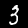
Label: 3